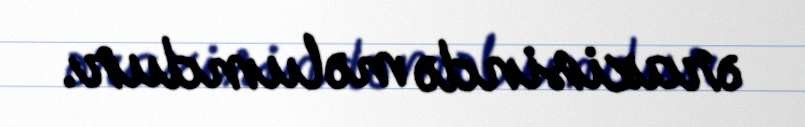
ərazisində məlumdur.